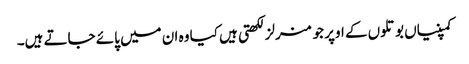
کمپنیاں بوتلوں کے اوپر جو منرلز لکھتی ہیں کیا وہ ان میں پائے جاتے ہیں۔